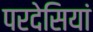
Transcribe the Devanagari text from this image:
परदेसियां